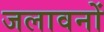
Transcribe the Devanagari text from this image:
जलावनों